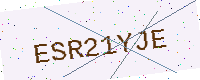
Text: ESR21YJE